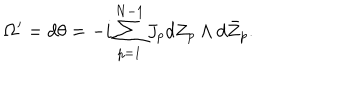
\Omega ^ { \prime } = d \theta = - i \sum _ { p = 1 } ^ { N - 1 } J _ { p } d Z _ { p } \wedge d \bar { Z } _ { p } .